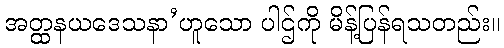
အတ္ထနယဒေသနာ’ဟူသော ပါဌ်ကို မိန့်ပြန်ရသတည်း။